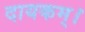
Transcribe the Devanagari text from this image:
दायकम्।